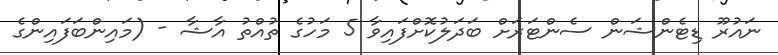
ނައުރޫ ޑިޓެންޝަން ސެންޓަރަށް ބަދަލުކޮށްފައިވާ 5 މަހުގެ ތުއްތު އާޝާ - (މައިންބަފައިންގެ